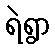
ရဲရွာ